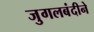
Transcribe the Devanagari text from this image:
जुगलबंदीने